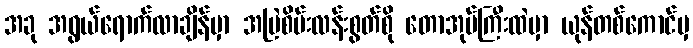
အခု အရွယ်ရောက်လာချိန်မှာ အမြဲစိမ်းလန်းစွတ်စို တောအုပ်ကြီးထဲမှာ ယုန်တစ်ကောင်မှ